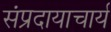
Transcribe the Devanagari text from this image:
संप्रदायाचार्य